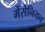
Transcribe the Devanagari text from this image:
मेंसेनियन